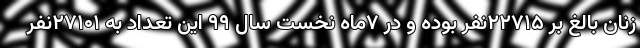
زنان بالغ بر ۲۲۷۱۵نفر بوده و در ۷ماه نخست سال ۹۹ این تعداد به ۲۷۱۰۱نفر